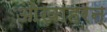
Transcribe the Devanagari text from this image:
ओखाहरन्